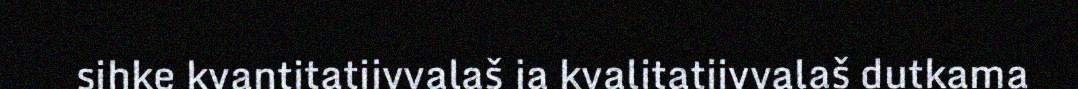
sihke kvantitatiivvalaš ja kvalitatiivvalaš dutkama